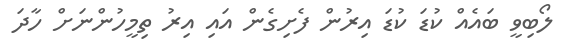
ލޯބިވީ ބައެއް ކުޑަ ކުޑަަ އިރުން ފެށިގެން އައި އިރު ތިމީހުންނަށް ހާދަ